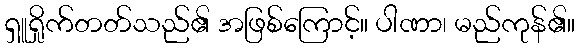
ရှူရှိုက်တတ်သည်၏ အဖြစ်ကြောင့်။ ပါဏာ၊ မည်ကုန်၏။